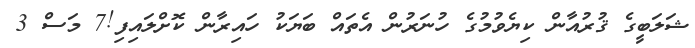
ޝަލަބީގެ ޤުރުއާން ކިޔެވުމުގެ ހުނަރުން އެތައް ބަޔަކު ހައިރާން ކޮށްލައިފި!7 މަސް 3